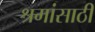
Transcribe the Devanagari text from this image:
श्रमांसाठी